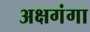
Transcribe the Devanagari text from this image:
अक्षगंगा